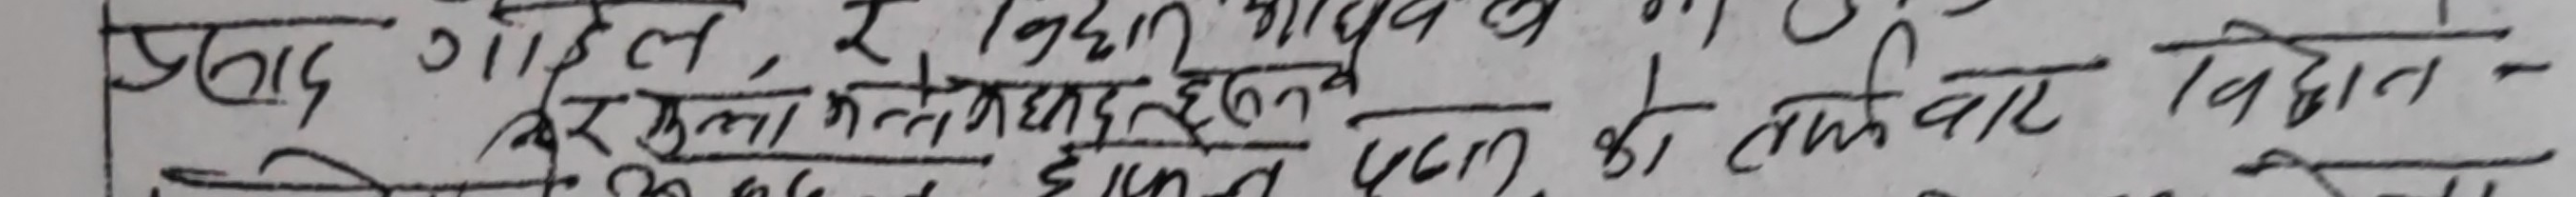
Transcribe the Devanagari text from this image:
प्रस्ताव गाईड, र निजगढ आयोजना को लागि,
करकुला खोलाबाट इर्धन. पेट्रोल को बारे विधान